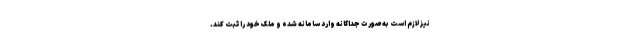
نیز لازم است به صورت جداگانه وارد سامانه شده و ملک خود را ثبت کند.